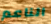
الناعم